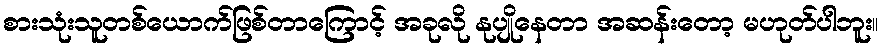
စားသုံးသူတစ်ယောက်ဖြစ်တာကြောင့် အခုလို နုပျိုနေတာ အဆန်းတော့ မဟုတ်ပါဘူး။